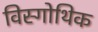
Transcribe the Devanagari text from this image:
विस्गोथिक